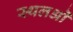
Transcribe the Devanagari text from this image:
स्थलओं